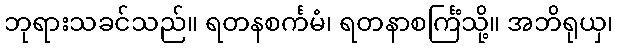
ဘုရားသခင်သည်။ ရတနစင်္ကမံ၊ ရတနာစင်္ကြံသို့။ အဘိရုယှ၊